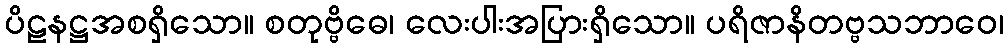
ပိဠနဋ္ဌအစရှိသော။ စတုဗ္ဗိဓေ၊ လေးပါးအပြားရှိသော။ ပရိဇာနိတဗ္ဗသဘာဝေ၊